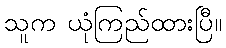
သူက ယုံကြည်ထားပြီ။